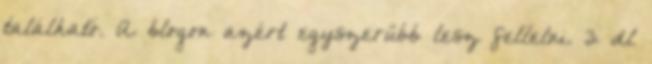
található. A blogon azért egyszerűbb lesz fellelni. 3 dl